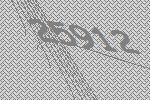
25912